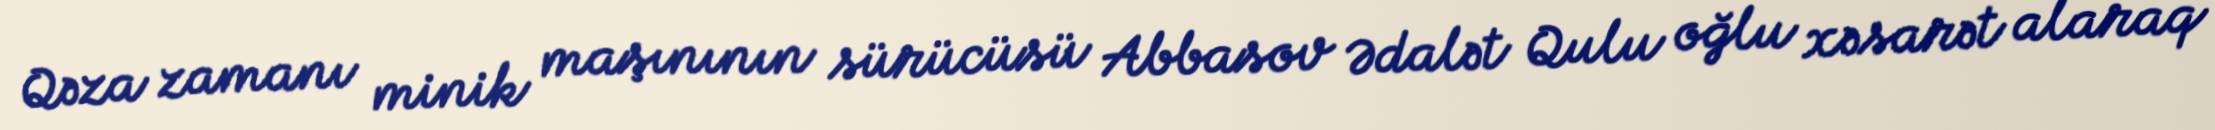
Qəza zamanı minik maşınının sürücüsü Abbasov Ədalət Qulu oğlu xəsarət alaraq